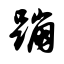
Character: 蹦